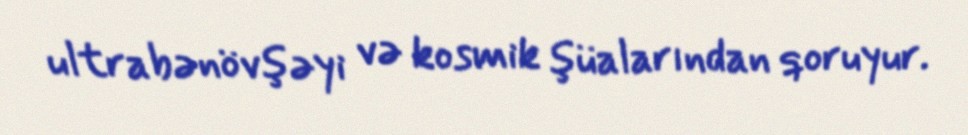
ultrabənövşəyi və kosmik şüalarından qoruyur.